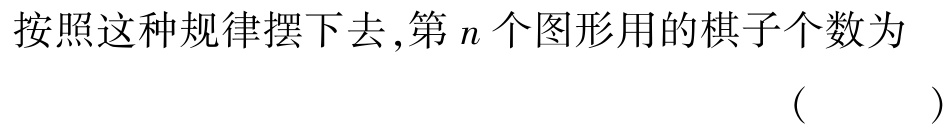
按照这种规律摆下去,第\(n\)个图形用的棋子个数为 （  ）